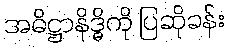
အဓိဋ္ဌာနိဒ္ဓိကို ပြဆိုခန်း